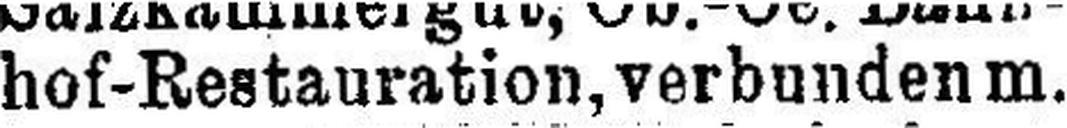
hof-Restauration, verbunden m.